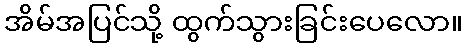
အိမ်အပြင်သို့ ထွက်သွားခြင်းပေလော။